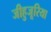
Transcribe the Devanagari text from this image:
जीहुजूरिया